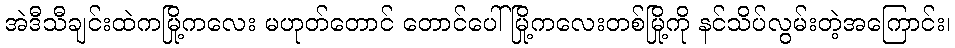
အဲဒီသီချင်းထဲကမြို့ကလေး မဟုတ်တောင် တောင်ပေါ်မြို့ကလေးတစ်မြို့ကို နင်သိပ်လွမ်းတဲ့အကြောင်း၊